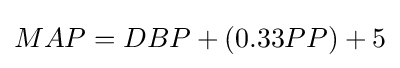
MAP=DBP+(0.33PP)+5